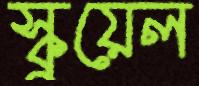
স্কুয়েল